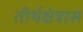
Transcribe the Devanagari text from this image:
तीर्थक्षेत्रास